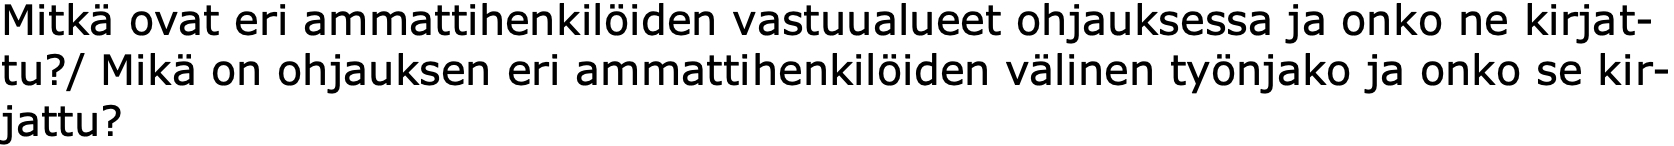
Mitkä ovat eri ammattihenkilöiden vastuualueet ohjauksessa ja onko ne kirjat- tu?/ Mikä on ohjauksen eri ammattihenkilöiden välinen työnjako ja onko se kir- jattu?